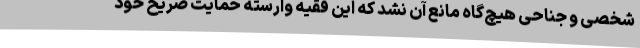
شخصی و جناحی هیچ‌گاه مانع آن نشد که این فقیه وارسته حمایت صریح خود